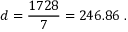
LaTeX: d = \frac { 1 7 2 8 } { 7 } = 2 4 6 . 8 6 \; .